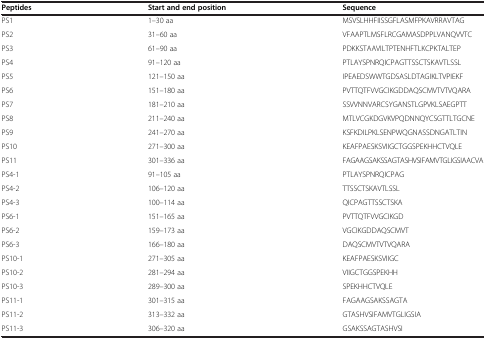
<table><thead><tr><td><b>Peptides</b></td><td><b>Start and end position</b></td><td><b>Sequence</b></td></tr></thead><tbody><tr><td>PS1</td><td>1–30 aa</td><td>MSVSLHHFIISSGFLASMFPKAVRRAVTAG</td></tr><tr><td>PS2</td><td>31–60 aa</td><td>VFAAPTLMSFLRCGAMASDPPLVANQVVTC</td></tr><tr><td>PS3</td><td>61–90 aa</td><td>PDKKSTAAVILTPTENHFTLKCPKTALTEP</td></tr><tr><td>PS4</td><td>91–120 aa</td><td>PTLAYSPNRQICPAGTTSSCTSKAVTLSSL</td></tr><tr><td>PS5</td><td>121–150 aa</td><td>IPEAEDSWWTGDSASLDTAGIKLTVPIEKF</td></tr><tr><td>PS6</td><td>151–180 aa</td><td>PVTTQTFVVGCIKGDDAQSCMVTVTVQARA</td></tr><tr><td>PS7</td><td>181–210 aa</td><td>SSVVNNVARCSYGANSTLGPVKLSAEGPTT</td></tr><tr><td>PS8</td><td>211–240 aa</td><td>MTLVCGKDGVKVPQDNNQYCSGTTLTGCNE</td></tr><tr><td>PS9</td><td>241–270 aa</td><td>KSFKDILPKLSENPWQGNASSDNGATLTIN</td></tr><tr><td>PS10</td><td>271–300 aa</td><td>KEAFPAESKSVIIGCTGGSPEKHHCTVQLE</td></tr><tr><td>PS11</td><td>301–336 aa</td><td>FAGAAGSAKSSAGTASHVSIFAMVTGLIGSIAACVA</td></tr><tr><td>PS4-1</td><td>91–105 aa</td><td>PTLAYSPNRQICPAG</td></tr><tr><td>PS4-2</td><td>106–120 aa</td><td>TTSSCTSKAVTLSSL</td></tr><tr><td>PS4-3</td><td>100–114 aa</td><td>QICPAGTTSSCTSKA</td></tr><tr><td>PS6-1</td><td>151–165 aa</td><td>PVTTQTFVVGCIKGD</td></tr><tr><td>PS6-2</td><td>159–173 aa</td><td>VGCIKGDDAQSCMVT</td></tr><tr><td>PS6-3</td><td>166–180 aa</td><td>DAQSCMVTVTVQARA</td></tr><tr><td>PS10-1</td><td>271–305 aa</td><td>KEAFPAESKSVIIGC</td></tr><tr><td>PS10-2</td><td>281–294 aa</td><td>VIIGCTGGSPEKHH</td></tr><tr><td>PS10-3</td><td>289–300 aa</td><td>SPEKHHCTVQLE</td></tr><tr><td>PS11-1</td><td>301–315 aa</td><td>FAGAAGSAKSSAGTA</td></tr><tr><td>PS11-2</td><td>313–332 aa</td><td>GTASHVSIFAMVTGLIGSIA</td></tr><tr><td>PS11-3</td><td>306–320 aa</td><td>GSAKSSAGTASHVSI</td></tr></tbody></table>